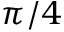
\pi / 4